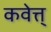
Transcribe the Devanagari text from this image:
कवेत्त्